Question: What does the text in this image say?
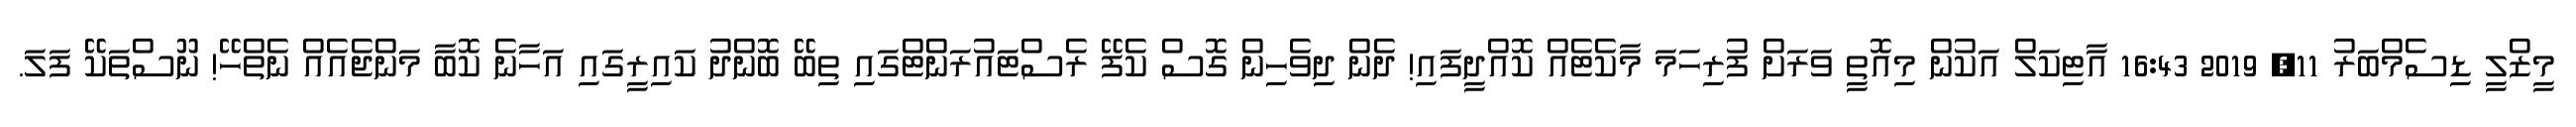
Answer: މީޒްލީ ޑިސެމްބަރު 11, 2019 16:43 އާޓިކަލް އަކުން މިއޮތީ ވަރަށް ފުރިހަމަ މާކެޓެއް ކޮއްދީފައި! ދެން ދިވެހިން ގޮސް ކެފޭ ރެސްޓައުރަންޓްގައި ތިބޭ ބޮންދު ކައިރީގައި އަހާނެ ކޮބާ މަންޖެއެއް ނެތްހޭ! ނޫސްތަކޭ ފަލަ.